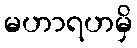
မဟာရဟမှိ